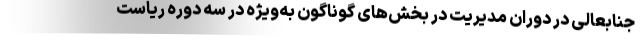
جنابعالی در دوران مدیریت در بخش‌های گوناگون به‌ویژه در سه دوره ریاست